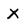
Character: X